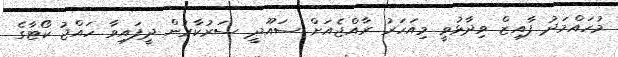
މުހައްމަދު ފާއިޒް ވިދާޅުވީ މިއަހަރު ރާއްޖެއަށް ސައޫދީ ސަރުކާރުން ދީފައިވާ ހައްޖު ކޯޓާގެ